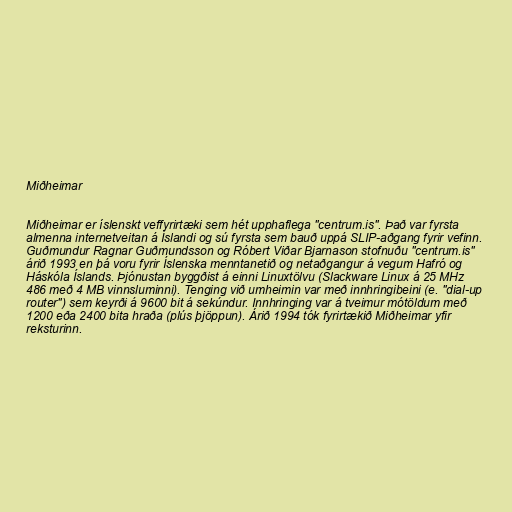
Miðheimar

Miðheimar er íslenskt veffyrirtæki sem hét upphaflega "centrum.is". Það var fyrsta
almenna internetveitan á Íslandi og sú fyrsta sem bauð uppá SLIP-aðgang fyrir vefinn.
Guðmundur Ragnar Guðmundsson og Róbert Viðar Bjarnason stofnuðu "centrum.is"
árið 1993 en þá voru fyrir Íslenska menntanetið og netaðgangur á vegum Hafró og
Háskóla Íslands. Þjónustan byggðist á einni Linuxtölvu (Slackware Linux á 25 MHz
486 með 4 MB vinnsluminni). Tenging við umheimin var með innhringibeini (e. "dial-up
router") sem keyrði á 9600 bit á sekúndur. Innhringing var á tveimur mótöldum með
1200 eða 2400 bita hraða (plús þjöppun). Árið 1994 tók fyrirtækið Miðheimar yfir
reksturinn.